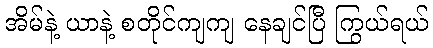
အိမ်နဲ့ ယာနဲ့ စတိုင်ကျကျ နေချင်ပြီ ကြွယ်ရယ်